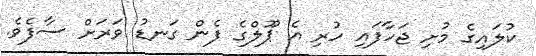
ކުލައިގެ މުށި ޖަހާފައި ހުރި އެ ޕޫލްގެ ފެން ގަނޑު ވަރަށް ސާފެވެ.